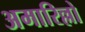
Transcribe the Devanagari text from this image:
अमारिल्लो